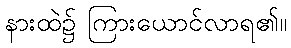
နားထဲ၌ ကြားယောင်လာရ၏။